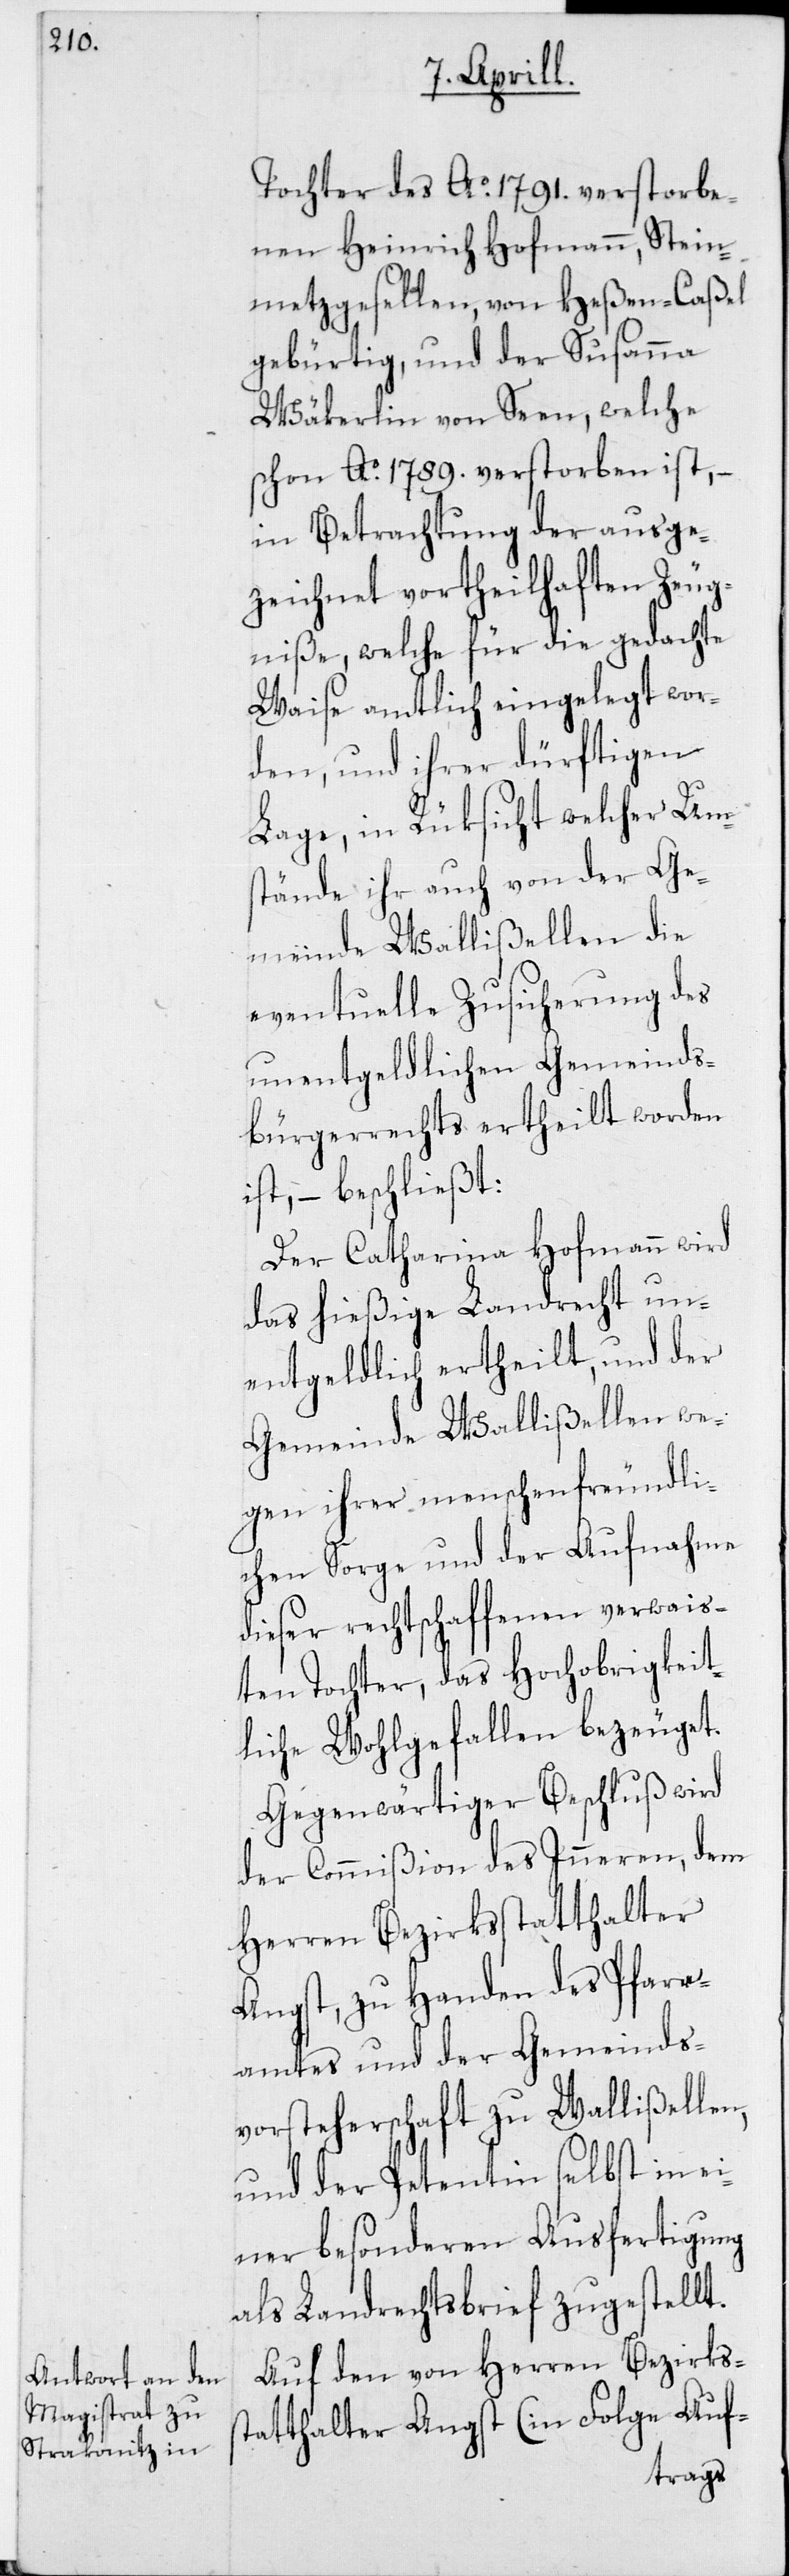
Tochter des Ao 1791. verstorbe¬
nen Heinrich Hofmann, Stein¬
metzgesellen, von Heßen-Caßel
gebürtig, und der Susanna
Wäkerlin von Seen, welche
schon Ao 1789. verstorben ist, –
in Betrachtung der ausge¬
zeichneten vortheilhaften Zeug¬
niße, welche für die gedachte
Waise amtlich eingelegt wor¬
den, und ihrer dürftigen
Lage, in Rüksicht welcher Um¬
stände ihr auch von der Ge¬
meinde Wallißellen die
eventuelle Zusicherung des
unentgeldlichen Gemeinds¬
bürgerrecht ertheilt worden
ist, – beschließt:
Der Catharina Hofmann wird
das hießige Landrecht un¬
entgeldlich ertheilt, und der
Gemeinde Wallißellen we¬
gen ihrer menschenfreundli¬
chen Sorge und der Aufnahme
dieser rechtschaffenen verwais¬
ten Tochter, das Hochobrigkeit¬
liche Wohlgefallen bezeuget.
Gegenwärtiger Beschluß wird
der Commißion des Inneren, dem
Herren Bezirksstatthalter
Angst, zu Handen des Pfarr¬
amtes und der Gemeinds¬
vorsteherschaft zu Wallißellen,
und der Petentin selbst in ei¬
ner besonderen Ausfertigung
als Landrechtsbrief zugestellt.
Auf den von Herren Bezirkss¬
tatthalter Angst (in Folge Auf-